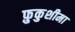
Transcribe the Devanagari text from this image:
फ़ुकुशीमा